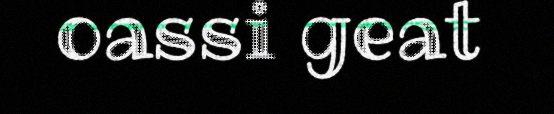
oassi geat